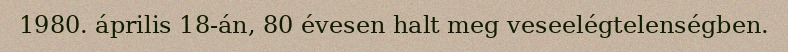
1980. április 18-án, 80 évesen halt meg veseelégtelenségben.